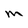
Character: M